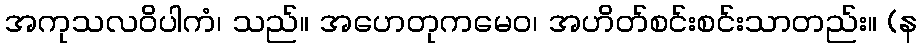
အကုသလဝိပါကံ၊ သည်။ အဟေတုကမေဝ၊ အဟိတ်စင်းစင်းသာတည်း။ (န